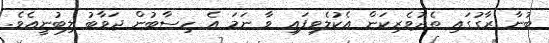
ބުނާ ރާގުގައި ތެދުވެރިކަން އެކުލެވިފައި ވާ ނަމަ އެ ހިސާބުން ޖަވާބު ލިބުނީއެވެ.